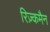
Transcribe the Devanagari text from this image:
रिज़्कमैन